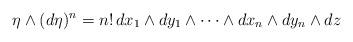
LaTeX: \begin{align*}\eta\wedge(d\eta)^n=n! \, dx_1\wedge dy_1\wedge\cdots \wedge dx_n\wedge dy_n\wedge dz\end{align*}